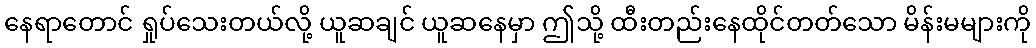
နေရာတောင် ရှုပ်သေးတယ်လို့ ယူဆချင် ယူဆနေမှာ ဤသို့ ထီးတည်းနေထိုင်တတ်သော မိန်းမများကို